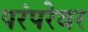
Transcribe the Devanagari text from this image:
परंपरेवर